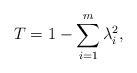
LaTeX: \begin{align*}T=1-\sum_{i=1}^{m}\lambda_{i}^{2},\end{align*}